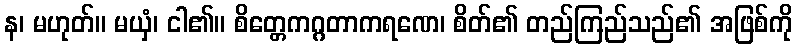
န၊ မဟုတ်။ မယှံ၊ ငါ၏။ စိတ္တေကဂ္ဂတာကရဏေ၊ စိတ်၏ တည်ကြည်သည်၏ အဖြစ်ကို